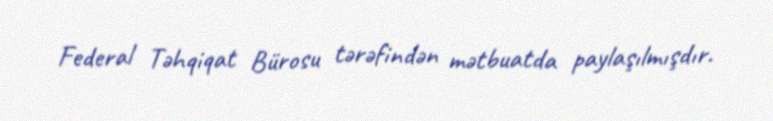
Federal Təhqiqat Bürosu tərəfindən mətbuatda paylaşılmışdır.